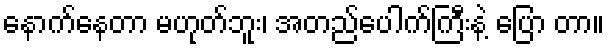
နောက်နေတာ မဟုတ်ဘူး၊ အတည်ပေါက်ကြီးနဲ့ ပြော တာ။